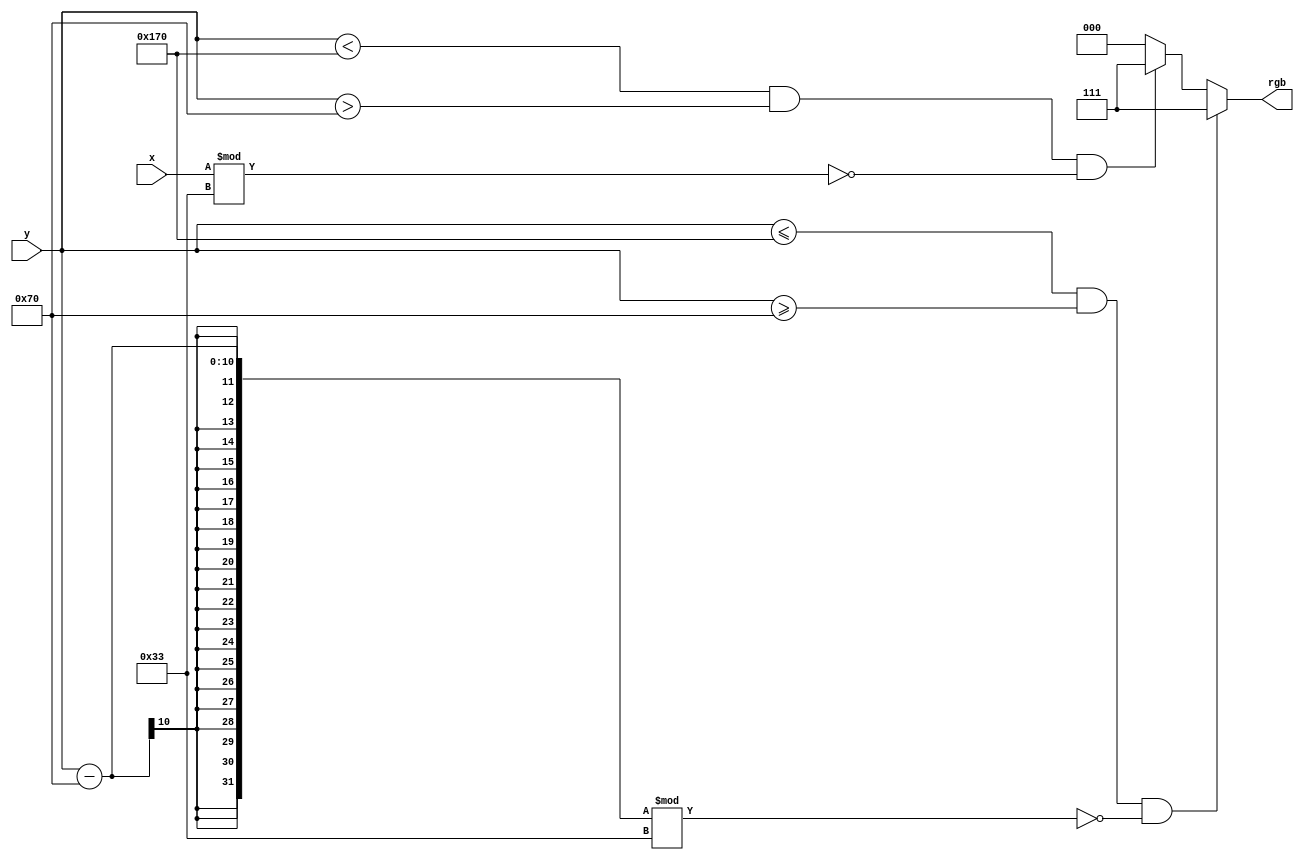
module grid(input[9:0] x, y, output reg[2:0] rgb);
	always@(*) begin
		if(y <= 368 && y >= 112 && ((y - 112) % 51 == 0))
			rgb <= 3'b111;
		else if (y < 368 && y > 112 && (x % 51 == 0))
			rgb <= 3'b111;
		else rgb <= 3'b000;
	end
endmodule